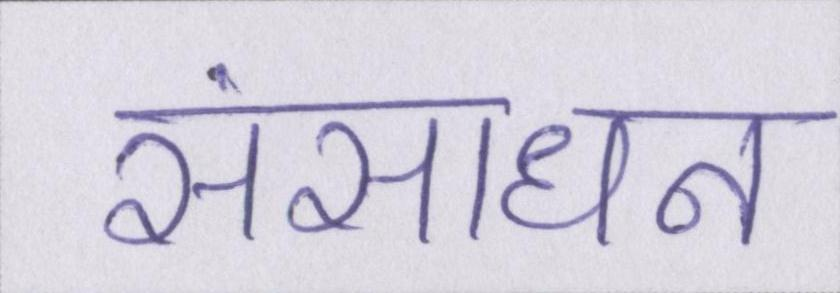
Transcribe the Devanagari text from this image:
संसाधन